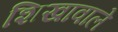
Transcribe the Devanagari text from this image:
शिखावाले